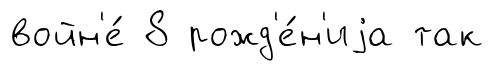
войн'е́ 8 рожд'е́н'иjа так